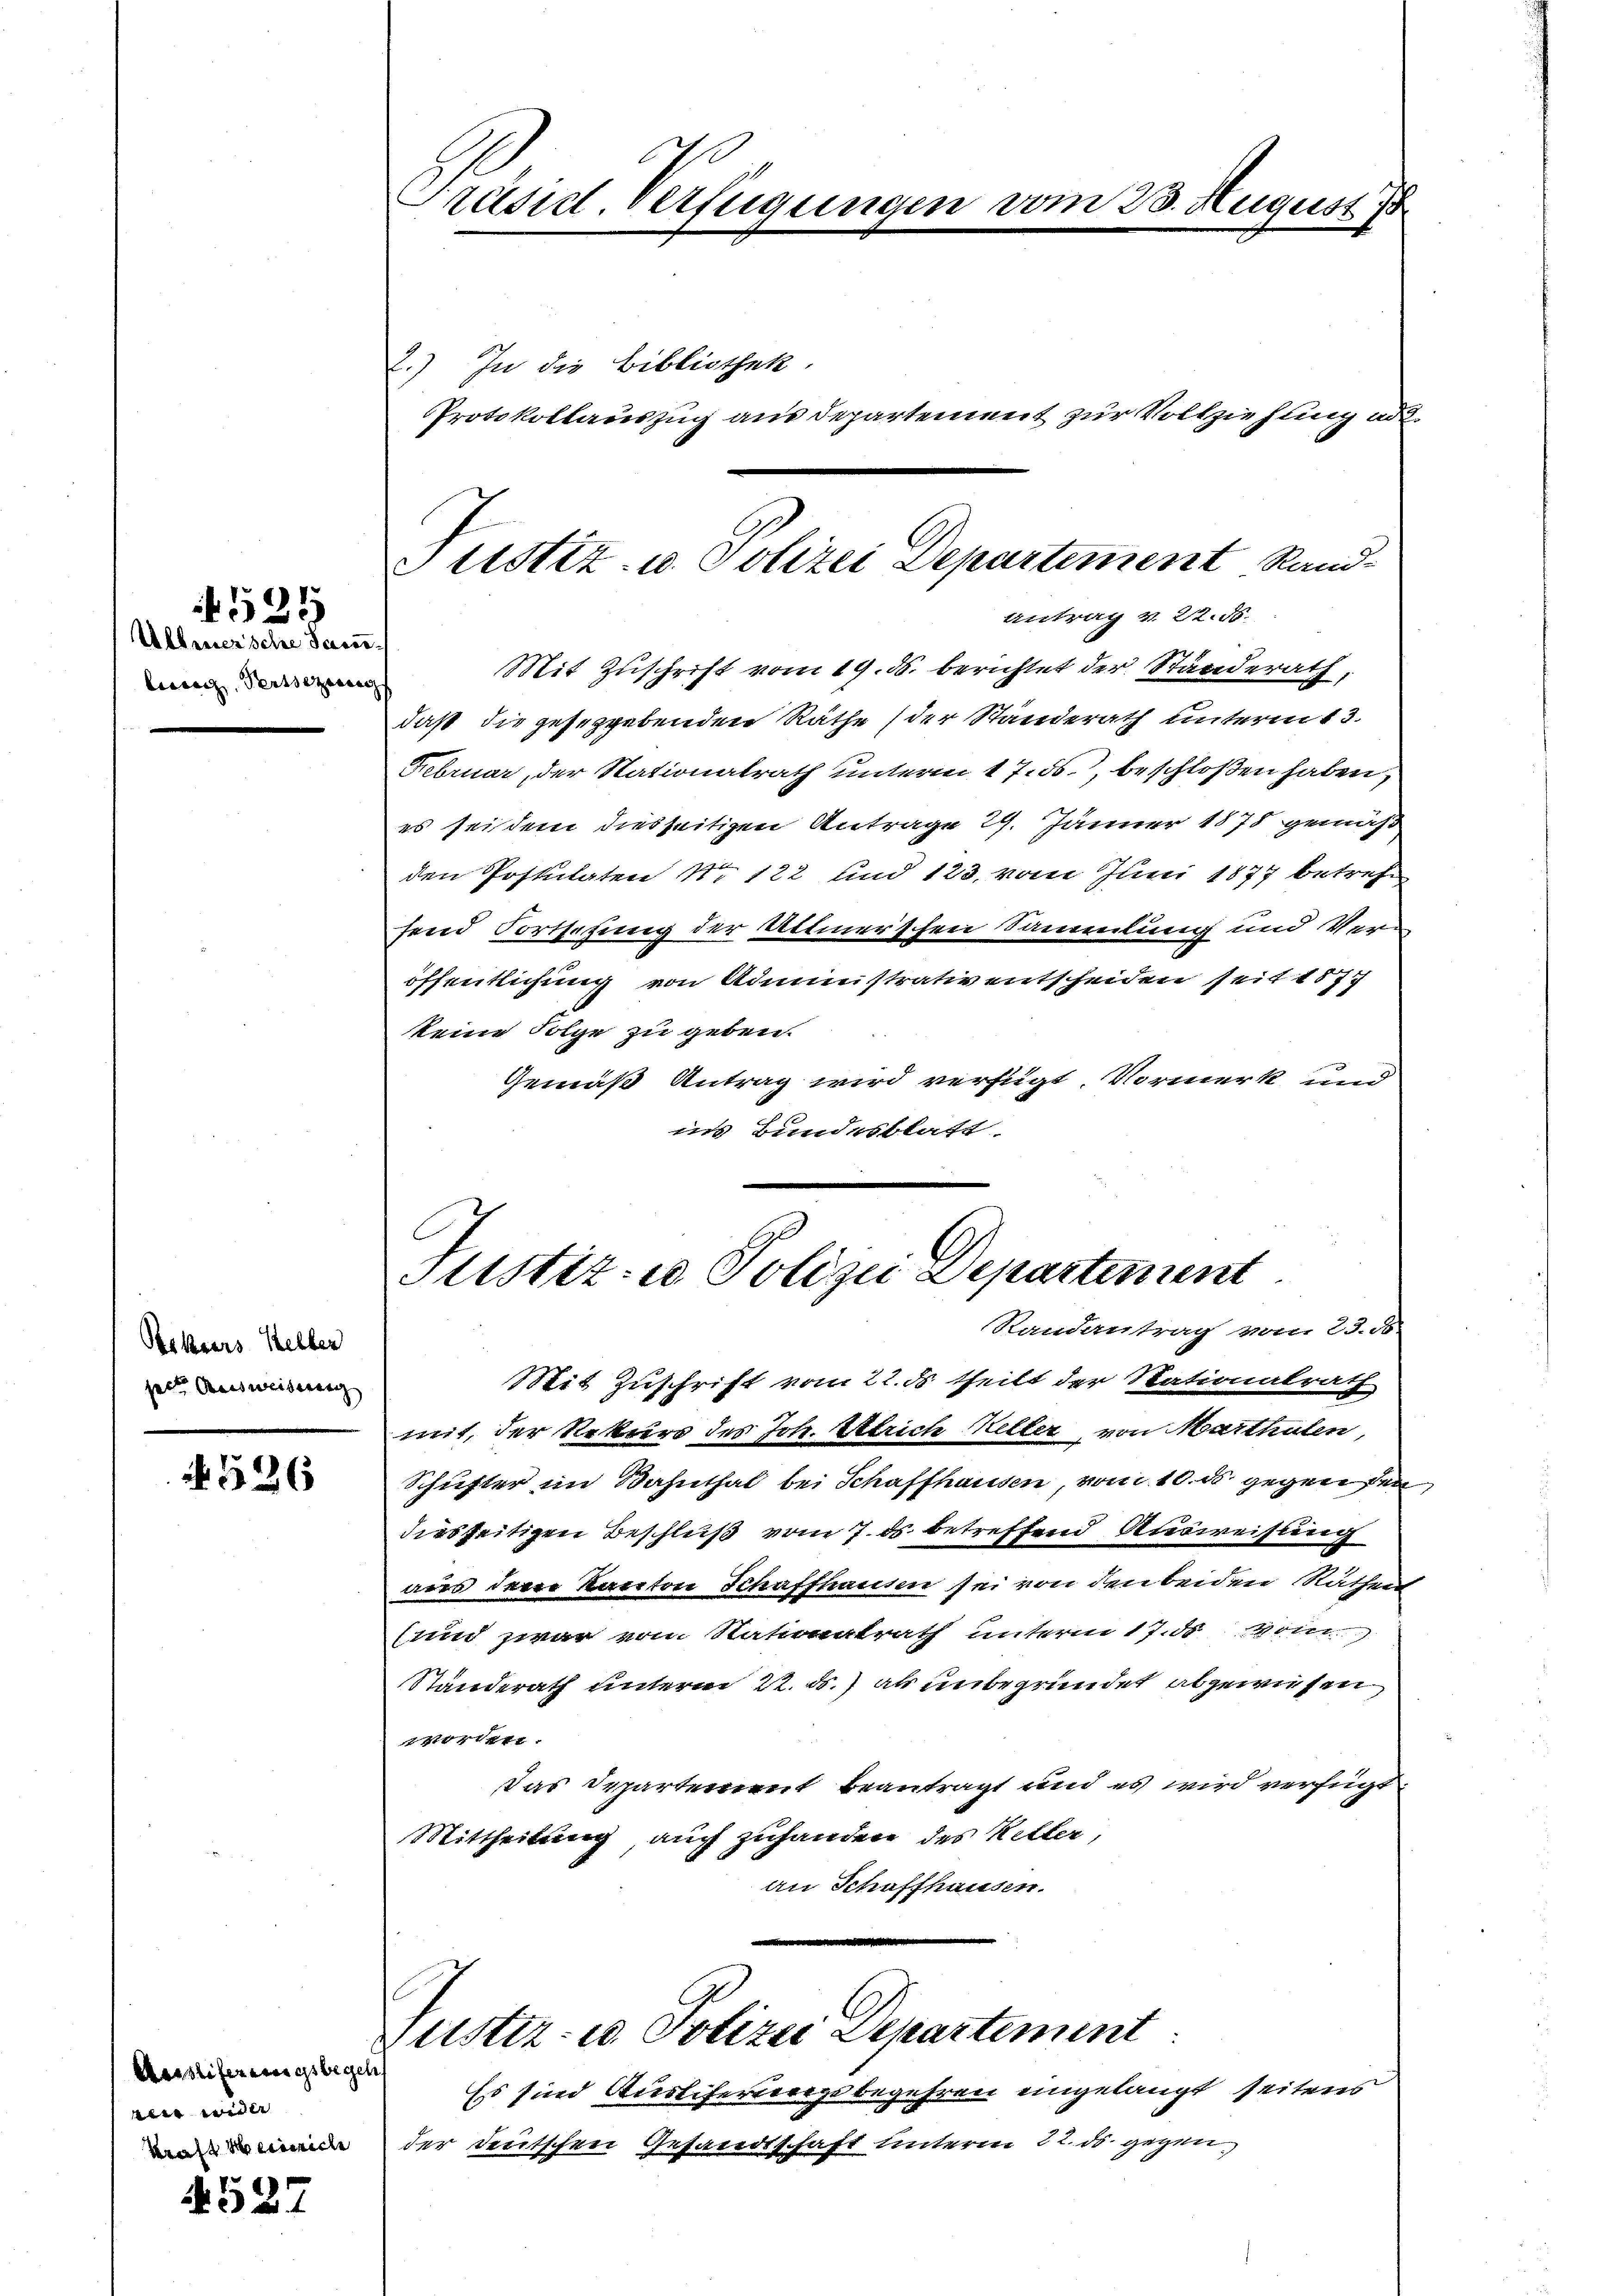
521

Ullenersche Sacerlierenz Perssezerung |

Bekiers Keller
helt Ausweiserung

526

Aesstiferungsbegel
eber erwalt
kraft Heinrich

4527

Präsid. Verfügungen vom 23. August

2.) In die Bibliothek.
Protokollauszug aus Departement zur Vollziehung ad 2.

Mit Zuschrift vom 19. ds. berichtet der Standerath,
daß die geseggebenden Räthe (der Standerath unterm 3.
Februar, der Nationalrath unterm 17. ds., beschloßen haben,
es sei dem diesseitigen Antrage 29. Jänner 1878 gemäß
den Postulaten No 122 und 123. vom Juni 1877 betrefsend Fortsetzung der Attmerschen Sammlung und Verm
öffentlichung von Administrativ entscheiden seit 1877
keine Folge zu geben.
Gemäß Antrag wird verfügt. Vormerk und
is Bundesblatt.

Justiz- u. Polizei Departement Rand-
Antrag v. 22. 86.

Justiz- u Polizei Departement
Randantrag vom 23. ds.

Mit Zuschrift vom 22. ds. theilt der Rationalrath
mit, der Rekurs des Joh. Strich Heller, von Marthulen,
Schuster im Bahnthal bei Schaffhausen, vom 10. ds gegenden
diesseitigen Beschluß vom 7. ds. betreffend Ausweisung
aus dem Kanton Schaffhausen sei von den beiden Rathe
(und zwar von Nationatrath unterm 17. d. Poten
Standerath unterm 22. ds. als unbegründet abgewiesen
111 144.
das Departement beantragt und es wird verfügt:
Mittheilung auch zuhandern des Ketter,
an Schaffhausen.

Zustiz- u. Polizei Departement:

Es sind Auslifertenge begehren eingelangt seitens
der deutschen Gesandtschaft unterm 22. ds. gegen.